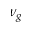
\nu _ { g }